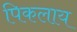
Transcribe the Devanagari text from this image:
पिकलाय